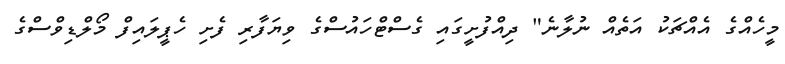
މީހެއްގެ އެއްޗަކު އަތެއް ނުލާނެ" ދިއްފުށީގައި ގެސްޓްހައުސްގެ ވިޔަފާރި ފެށި ހެޕީލައިފް މޯލްޑިވްސްގެ